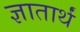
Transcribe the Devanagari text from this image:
ज्ञातार्थं